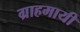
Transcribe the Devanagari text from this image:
ग्राहमायी